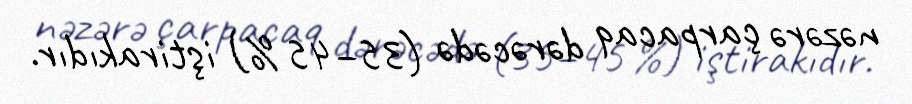
nəzərə çarpacaq dərəcədə (35–45 %) iştirakıdır.